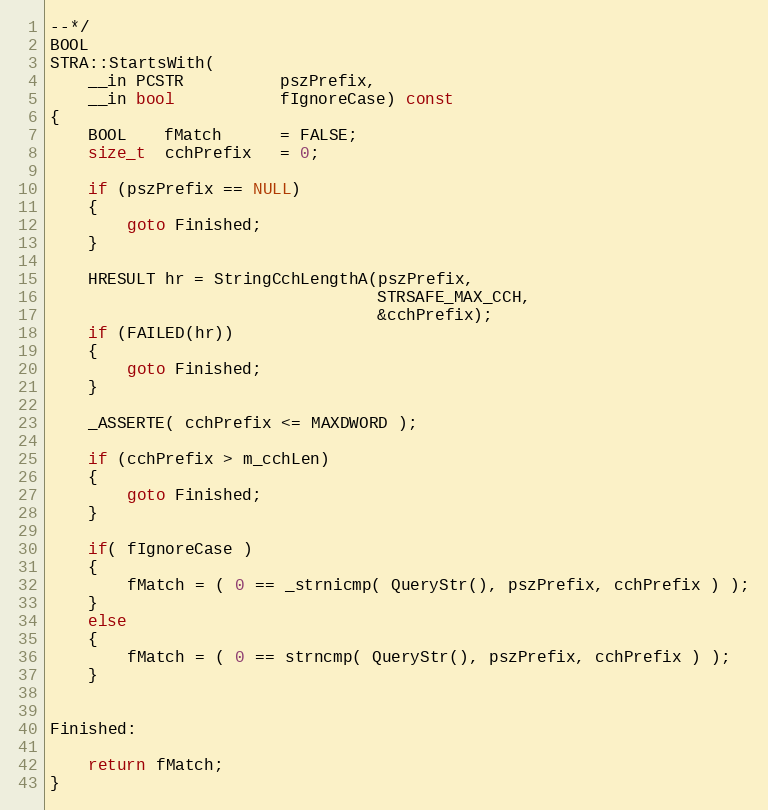
Language: C++
--*/
BOOL
STRA::StartsWith(
    __in PCSTR          pszPrefix,
    __in bool           fIgnoreCase) const
{
    BOOL    fMatch      = FALSE;
    size_t  cchPrefix   = 0;

    if (pszPrefix == NULL)
    {
        goto Finished;
    }

    HRESULT hr = StringCchLengthA(pszPrefix,
                                  STRSAFE_MAX_CCH,
                                  &cchPrefix);
    if (FAILED(hr))
    {
        goto Finished;
    }

    _ASSERTE( cchPrefix <= MAXDWORD );

    if (cchPrefix > m_cchLen)
    {
        goto Finished;
    }

    if( fIgnoreCase )
    {
        fMatch = ( 0 == _strnicmp( QueryStr(), pszPrefix, cchPrefix ) );
    }
    else
    {
        fMatch = ( 0 == strncmp( QueryStr(), pszPrefix, cchPrefix ) );
    }

Finished:

    return fMatch;
}